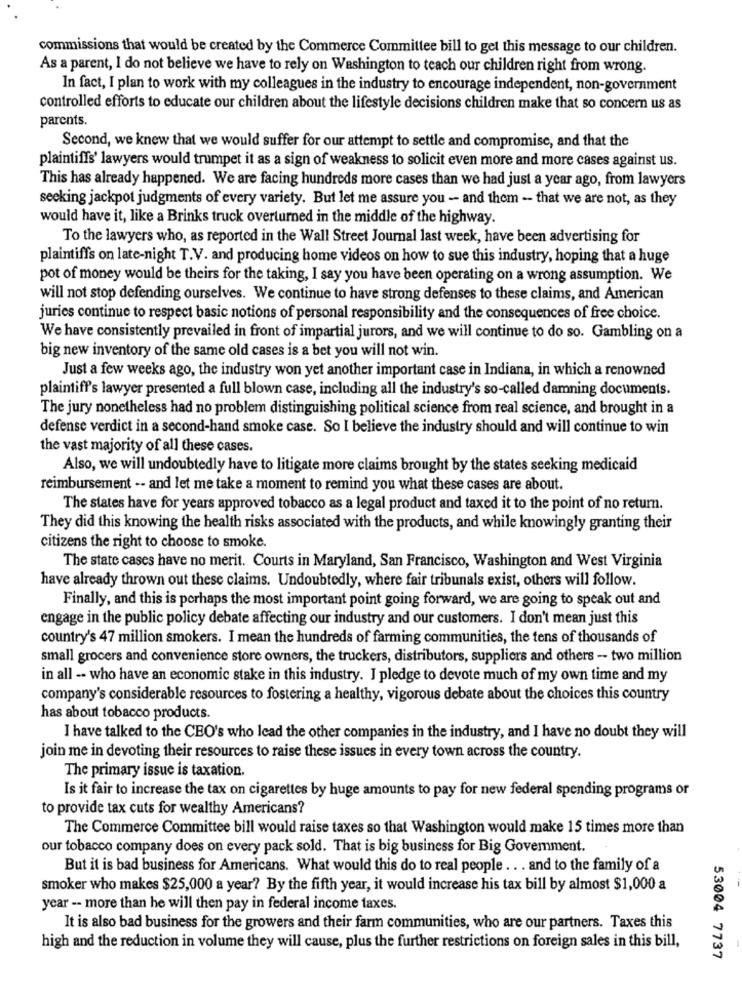
commissions that would be created by the Commerce Committee bill to get this message to our children.
As a parent, I do not believe we have to rely on Washington to teach our children right from wrong.
In fact, I plan to work with my colleagues in the industry to encourage independent, non-government
controlled efforts to educate our children about the lifestyle decisions children make that so concern us as
parents.
Second, we knew that we would suffer for our attempt to settle and compromise, and that the
plaintiffs' lawyers would trumpet it as a sign of weakness to solicit even more and more cases against us.
This has already happened. We are facing hundreds more cases than we had just a year ago, from lawyers
seeking jackpot judgments of every variety. But let me assure you - and them - that we are not, as they
would have it, like a Brinks truck overturned in the middle of the highway.
To the lawyers who, as reported in the Wall Street Journal last week, have been advertising for
plaintiffs on late-night T.V. and producing home videos on how to sue this industry, hoping that a huge
pot of money would be theirs for the taking, I say you have been operating on a wrong assumption. We
will not stop defending ourselves. We continue to have strong defenses to these claims, and American
juries continue to respect basic notions of personal responsibility and the consequences of free choice.
We have consistently prevailed in front of impartial jurors, and we will continue to do so. Gambling on a
big new inventory of the same old cases is a bet you will not win.
Just a few weeks ago, the industry won yet another important case in Indiana, in which a renowned
plaintiff's lawyer presented a full blown case, including all the industry's so-called damning documents.
The jury nonetheless had no problem distinguishing political science from real science, and brought in a
defense verdict in a second-hand smoke case. So I believe the industry should and will continue to win
the vast majority of all these cases.
Also, we will undoubtedly have to litigate more claims brought by the states seeking medicaid
reimbursement -- and let me take a moment to remind you what these cases are about.
The states have for years approved tobacco as a legal product and taxed it to the point of no return.
They did this knowing the health risks associated with the products, and while knowingly granting their
citizens the right to choose to smoke.
The state cases have no merit. Courts in Maryland, San Francisco, Washington and West Virginia
have already thrown out these claims. Undoubtedly, where fair tribunals exist, others will follow.
Finally, and this is perhaps the most important point going forward, we are going to speak out and
engage in the public policy debate affecting our industry and our customers. I don't mean just this
country's 47 million smokers. I mean the hundreds of farming communities, the tens of thousands of
small grocers and convenience store owners, the truckers, distributors, suppliers and others - two million
in all -- who have an economic stake in this industry. I pledge to devote much of my own time and my
company's considerable resources to fostering a healthy, vigorous debate about the choices this country
has about tobacco products.
I have talked to the CEO's who lead the other companies in the industry, and I have no doubt they will
join me in devoting their resources to raise these issues in every town across the country.
The primary issue is taxation.
Is it fair to increase the tax on cigarettes by huge amounts to pay for new federal spending programs or
to provide tax cuts for wealthy Americans?
The Commerce Committee bill would raise taxes so that Washington would make 15 times more than
our tobacco company does on every pack sold. That is big business for Big Govemment.
But it is bad business for Americans. What would this do to real people . . . and to the family of a
smoker who makes $25,000 a year? By the fifth year, it would increase his tax bill by almost $1,000 a
year -- more than he will then pay in federal income taxes.
It is also bad business for the growers and their farm communities, who are our partners. Taxes this
high and the reduction in volume they will cause, plus the further restrictions on foreign sales in this bill,
53004 7737